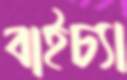
বাইচ্যা